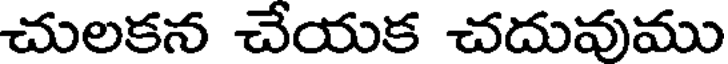
చులకన చేయక చదువుము